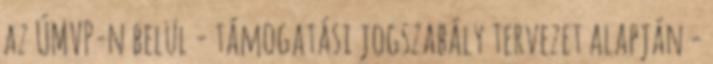
az ÚMVP-n belül - támogatási jogszabály tervezet alapján -